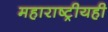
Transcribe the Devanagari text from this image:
महाराष्ट्रीयही